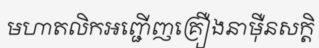
មហាតលិកអញ្ជើញគ្រឿងនាម៉ឺនសក្តិ